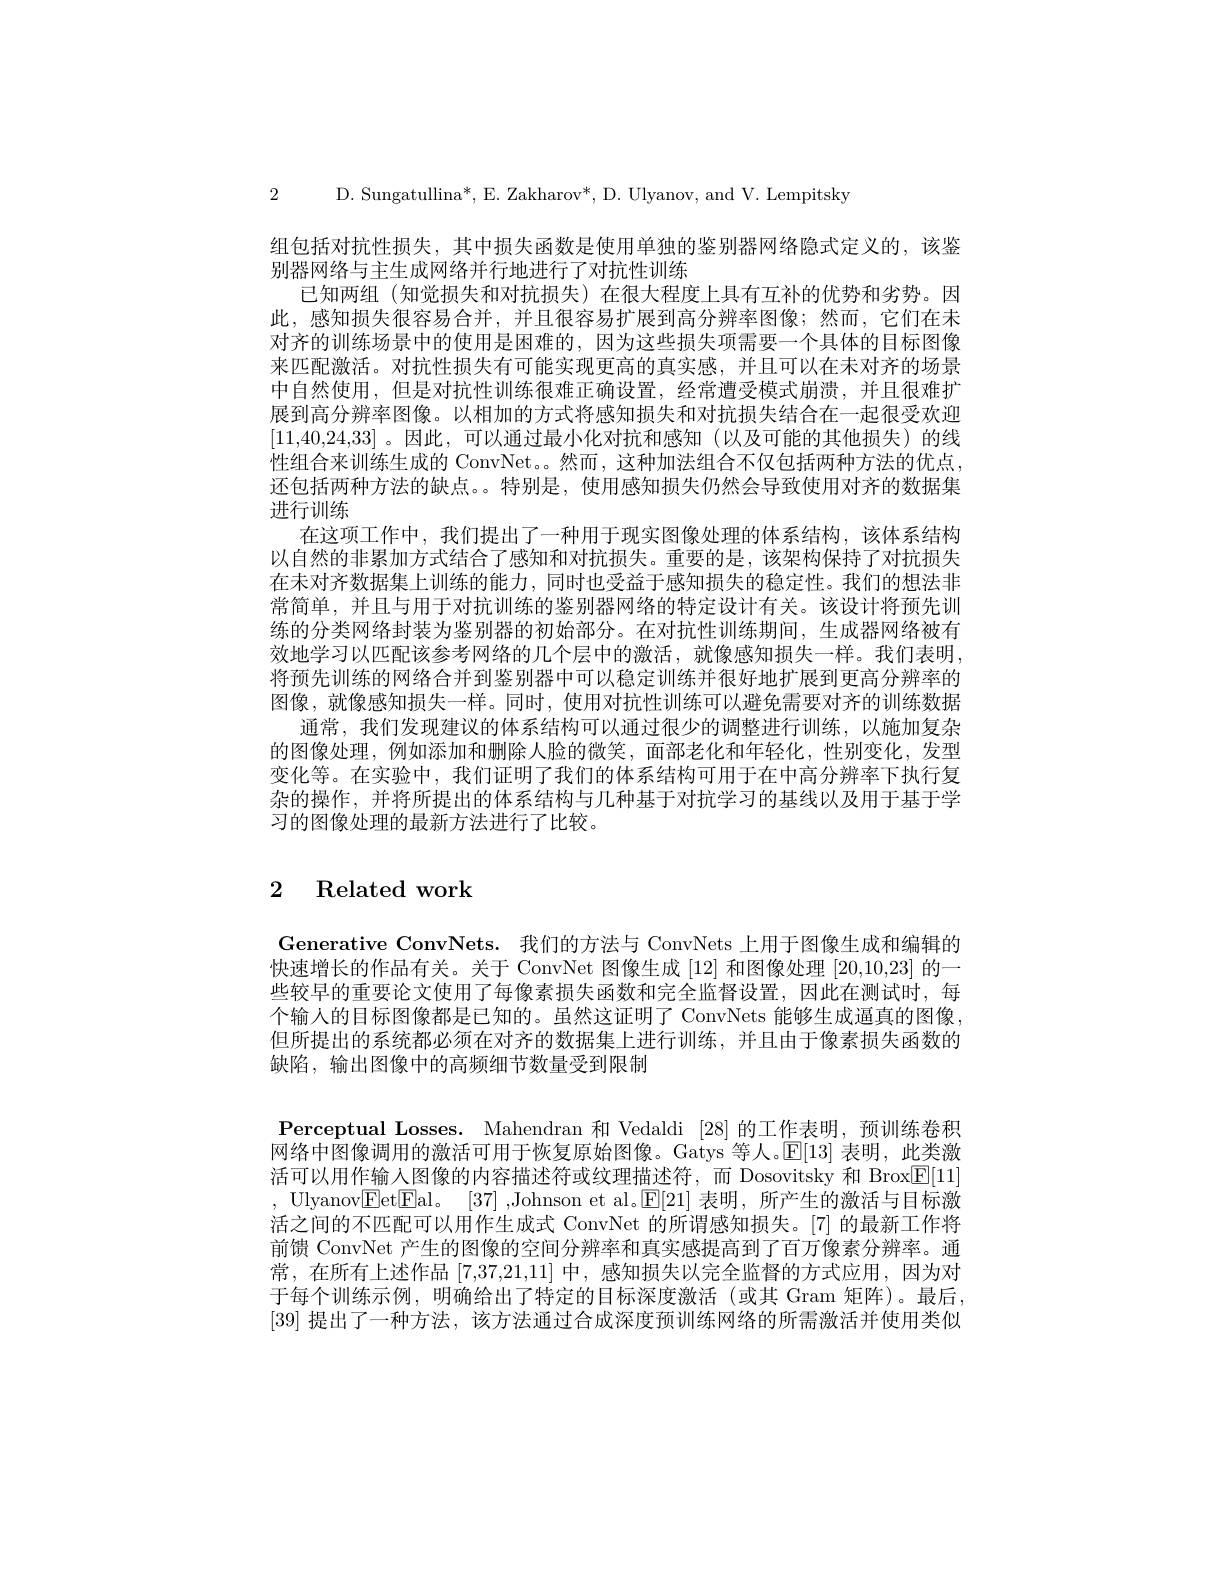
2 D. Sungatullina*, E. Zakharov*, D. Ulyanov, and V. Lempitsky

组包括对抗性损失，其中损失函数是使用单独的鉴别器网络隐式定义的，该鉴
别器网络与主生成网络并行地进行了对抗性训练
已知两组 (知觉损失和对抗损失)在很大程度上具有互补的优势和劣势。因此，感知损失很容易合并，并且很容易扩展到高分辨率图像；然而，它们在未对齐的训练场景中的使用是困难的，因为这些损失项需要一个具体的目标图像来匹配激活。对抗性损失有可能实现更高的真实感，并且可以在未对齐的场景中自然使用，但是对抗性训练很难正确设置，经常遭受模式崩溃，并且很难扩展到高分辨率图像。以相加的方式将感知损失和对抗损失结合在一起很受欢迎[11,40,24,33] 。因此，可以通过最小化对抗和感知(以及可能的其他损失)的线性组合来训练生成的 ConvNet。。然而，这种加法组合不仅包括两种方法的优点， 还包括两种方法的缺点。。特别是，使用感知损失仍然会导致使用对齐的数据集进行训练
在这项工作中，我们提出了一种用于现实图像处理的体系结构，该体系结构以自然的非累加方式结合了感知和对抗损失。重要的是，该架构保持了对抗损失在末对齐数据集上训练的能力，同时也受益于感知损失的稳定性。我们的想法非常简单，并且与用于对抗训练的鉴别器网络的特定设计有关。该设计将预先训练的分类网络封装为鉴别器的初始部分。在对抗性训练期间，生成器网络被有效地学习以匹配该参考网络的几个层中的激活，就像感知损失一样。我们表明， 将预先训练的网络合并到鉴别器中可以稳定训练并很好地扩展到更高分辨率的图像，就像感知损失一样。同时，使用对抗性训练可以避免需要对齐的训练数据
通常，我们发现建议的体系结构可以通过很少的调整进行训练，以施加复杂的图像处理，例如添加和删除人脸的微笑，面部老化和年轻化，性别变化，发型变化等。在实验中，我们证明了我们的体系结构可用于在中高分辨率下执行复杂的操作，并将所提出的体系结构与几种基于对抗学习的基线以及用于基于学习的图像处理的最新方法进行了比较。

# 2 Related work

Generative ConvNets. 我们的方法与 ConvNets 上用于图像生成和编辑的快速增长的作品有关。关于 ConvNet 图像生成 [12] 和图像处理 [20,10,23] 的一些较早的重要论文使用了每像素损失函数和完全监督设置，因此在测试时，每个输人的目标图像都是已知的。虽然这证明了 ConvNets 能够生成逼真的图像， 但所提出的系统都必须在对齐的数据集上进行训练，并且由于像素损失函数的缺陷，输出图像中的高频细节数量受到限制

Perceptual Losses. Mahendran 和 Vedaldi [28]的工作表明，预训练卷积网络中图像调用的激活可用于恢复原始图像。Gatys 等人。$\mathbb{E}[13]$表明，此类激活可以用作输入图像的内容描述符或纹理描述符，而 Dosovitsky 和 Brox[E[1]] , Ulyanov[Fet|Elal。[37] ,Johnson et al。[E[21]表明，所产生的激活与目标激活之间的不匹配可以用作生成式 ConvNet 的所谓感知损失。[7] 的最新工作将前馈 ConvNet 产生的图像的空间分辨率和真实感提高到了百万像素分辨率。通常，在所有上述作品[7,37,21,11]中，感知损失以完全监督的方式应用，因为对于每个训练示例，明确给出了特定的目标深度激活(或其 Gram 矩阵)。最后， [39] 提出了一种方法，该方法通过合成深度预训练网络的所需激活并使用类似